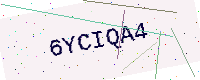
Text: 6YCIQA4